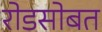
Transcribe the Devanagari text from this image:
रोडसोबत